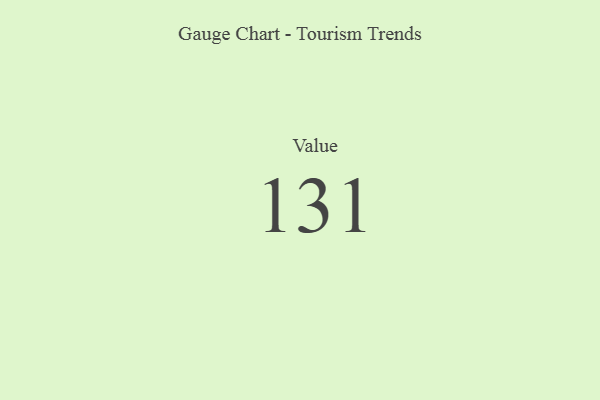
{"axis": {"x": "Metric", "y": "Value"}, "legend": [""], "data": [{"x": "Value", "y": 131, "type": ""}]}